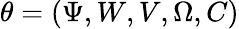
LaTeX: \theta=(\Psi,W,V,\Omega,C)